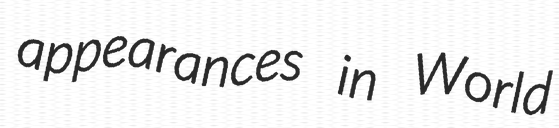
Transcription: appearances in World